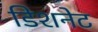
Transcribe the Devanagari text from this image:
डिशनेट